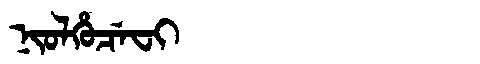
Manchu: ᠨᡳᠣᠯᡥᡠᠴᡝᠸᡳ
Romanization: NIOLHUCEFI